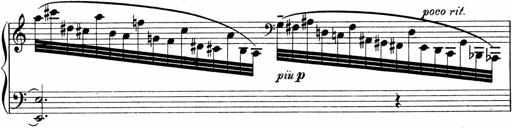
Title: Sonatina No.1
Composer: Otto Stoll
Key: C major